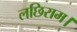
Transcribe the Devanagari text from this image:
लछिराम।